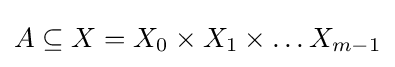
A\subseteq X=X_{0}\times X_{1}\times \ldots X_{m-1}